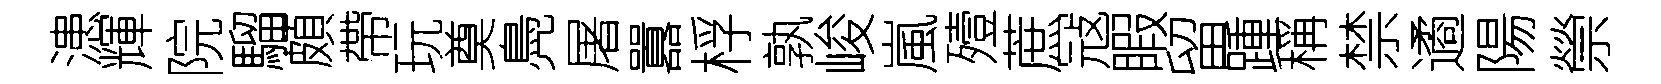
漶輝院騮頗帶玩奠鳧屠囂桴孰峻嵐殪蔗冦睱留踵稱禁遹陽禜